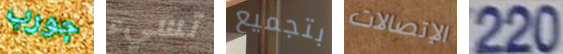
جورب تسيء بتجميع الإتصالات 220